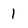
Character: 1